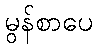
မွန်စာပေ